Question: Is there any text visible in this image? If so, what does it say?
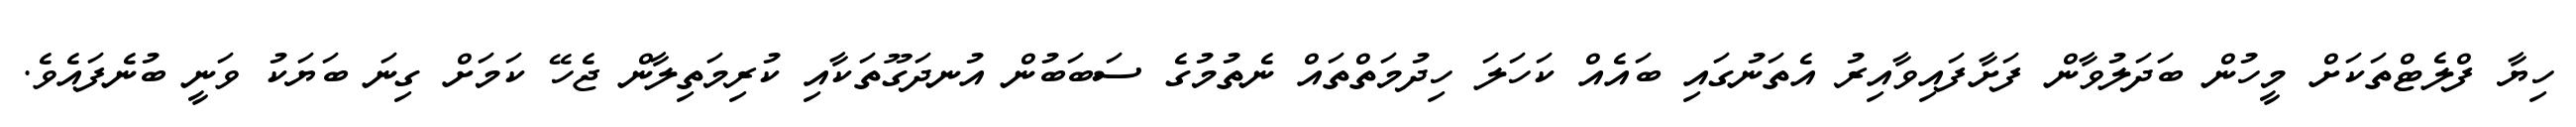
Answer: ހިޔާ ފްލެޓްތަކަށް މީހުން ބަދަލުވާން ފަށާފައިވާއިރު އެތަނުގައި ބައެއް ކަހަލަ ހިދުމަތްތައް ނެތުމުގެ ސަބަބުން އުނދަގޫތަކާއި ކުރިމަތިލާން ޖެހޭ ކަމަށް ގިނަ ބަޔަކު ވަނީ ބުނެފައެވެ.